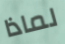
لماذا